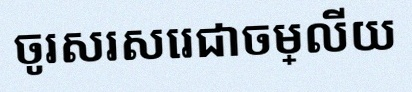
ចូរសរសេរជាចម្លើយ